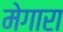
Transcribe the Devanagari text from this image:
मेगारा